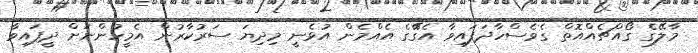
މާލޭގެ ގޯއްޗެއްއޮތް ގެވެސްހާދަފައިވާ އެގޭާގެ އެއްމެން އުޅެނީ މިދިޔަ ސަރުކާރުން އެމީހުންނަށް ދީފައިވާ